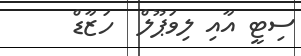
ސިޓީ އާއި ލިވަޕޫލް  ހަޒާޑް